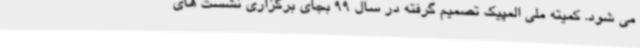
می شود. کمیته ملی المپیک تصمیم گرفته در سال 99 بجای برگزاری نشست های